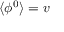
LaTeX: \langle \phi ^ { 0 } \rangle = v